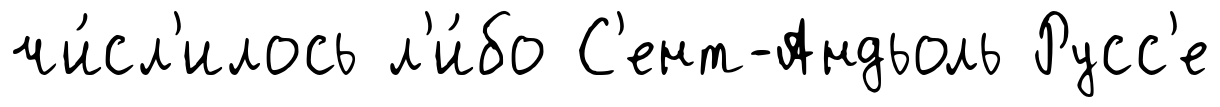
чи́сл'илось л'и́бо С'ент-Андьоль Русс'е